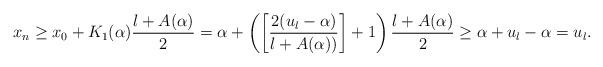
LaTeX: \begin{align*}x_n\ge x_0+K_1(\alpha)\frac{l+A(\alpha)}{2} = \alpha+\left(\left[\frac{2(u_l-\alpha)}{l+A(\alpha))}\right]+1 \right)\frac{l+A(\alpha)}{2}\ge \alpha +u_l-\alpha=u_l.\end{align*}